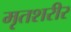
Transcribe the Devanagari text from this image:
मृतशरीर